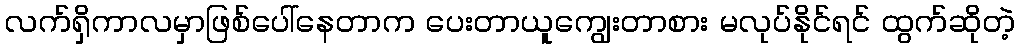
လက်ရှိကာလမှာဖြစ်ပေါ်နေတာက ပေးတာယူကျွေးတာစား မလုပ်နိုင်ရင် ထွက်ဆိုတဲ့